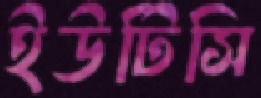
ইউটিসি